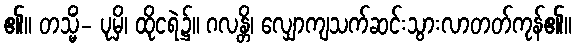
၏။ တသ္မိံ- ပုမှိ၊ ထိုငရဲ၌။ ဂလန္တိ၊ လျှောကျသက်ဆင်းသွားလာတတ်ကုန်၏။